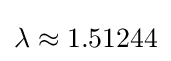
\lambda \approx 1.51244